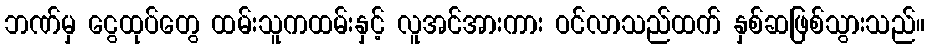
ဘဏ်မှ ငွေထုပ်တွေ ထမ်းသူကထမ်းနှင့် လူအင်အားကား ဝင်လာသည်ထက် နှစ်ဆဖြစ်သွားသည်။